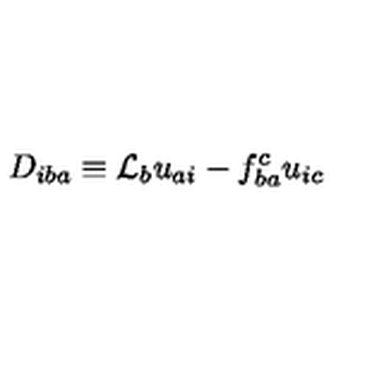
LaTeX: D _ { i b a } \equiv { \cal L } _ { b } u _ { a i } - f _ { b a } ^ { c } u _ { i c }